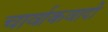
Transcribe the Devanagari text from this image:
चार्वाकवादी